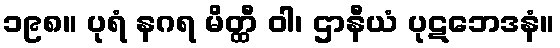
၁၉၈။ ပုရံ နဂရ မိတ္ထီ ဝါ၊ ဌာနီယံ ပုဋဘေဒနံ။